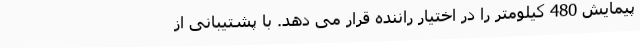
پیمایش 480 کیلومتر را در اختیار راننده قرار می دهد. با پشتیبانی از